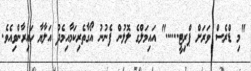
"މި ޑްރެސް ވަރަށް ޕްރިޓީ......" އައިމަލްގެ ލޮލުން ފެނުނު އޯގާތެރިކަމާއިމެދު އަލާޔާ ހައިރާންވިއެވެ.